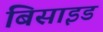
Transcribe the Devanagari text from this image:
बिसाइड